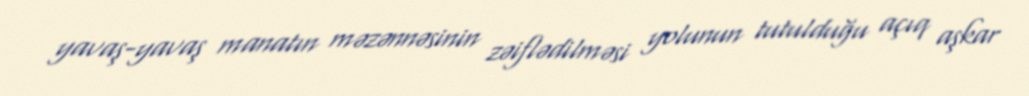
yavaş-yavaş manatın məzənnəsinin zəiflədilməsi yolunun tutulduğu açıq aşkar